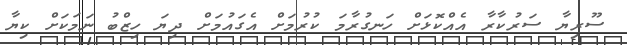
ސޫރިޔާ ސަރުކާރާ އެއްކޮޅަށް ހަނގުރާމަ ކުރުމަށް އެގައުމަށް ދިޔަ ހިޒްބު ނަމަކަށް ކިޔާ